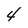
Character: 4